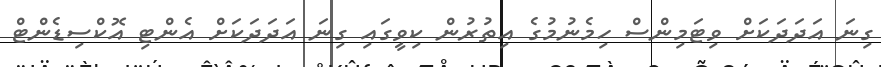
ގިނަ އަދަދަކަށް ވިޓަމިންސް ހިމެނުމުގެ އިތުރުން ކިވީގައި ގިނަ އަދަދަކަށް އެންޓި އޮކްސިޑެންޓް